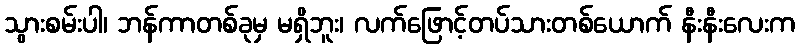
သွားစမ်းပါ၊ ဘန်ကာတစ်ခုမှ မရှိဘူး၊ လက်ဖြောင့်တပ်သားတစ်ယောက် နီးနီးလေးက